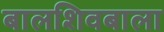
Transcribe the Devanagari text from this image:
बालशिवबाला